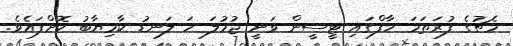
މެޗުގެ ފުރަތަމަ ހާފްގައި ޓީސީން ވަނީ ޖުމުލަ ހަ ލަނޑު ކާމިޔާބު ކޮށްފައެވެ.